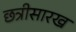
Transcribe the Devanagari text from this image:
छत्रीसारख